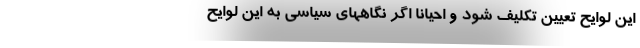
این لوایح تعیین تکلیف شود و احیانا اگر نگاههای سیاسی به این لوایح